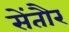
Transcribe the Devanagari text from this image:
सेंतौर